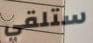
ستلقي